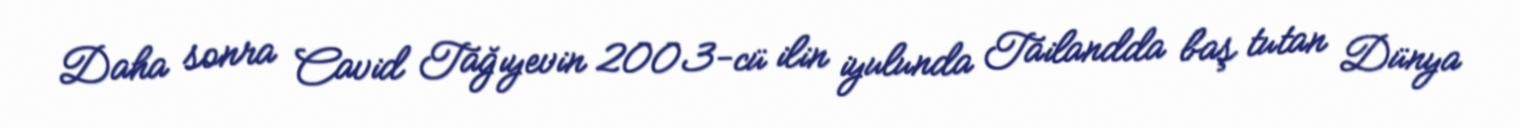
Daha sonra Cavid Tağıyevin 2003-cü ilin iyulunda Tailandda baş tutan Dünya